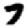
Digit: 7